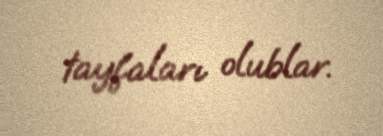
tayfaları olublar.